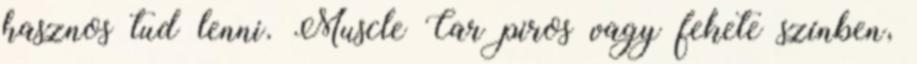
hasznos tud lenni. Muscle Car piros vagy fekete színben,